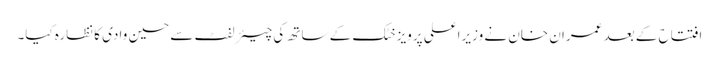
افتتاح کے بعد عمران خان نے وزیراعلی پرویز خٹک کے ساتھ کی چیئرلفٹ سے حسین وادی کا نظارہ کیا۔